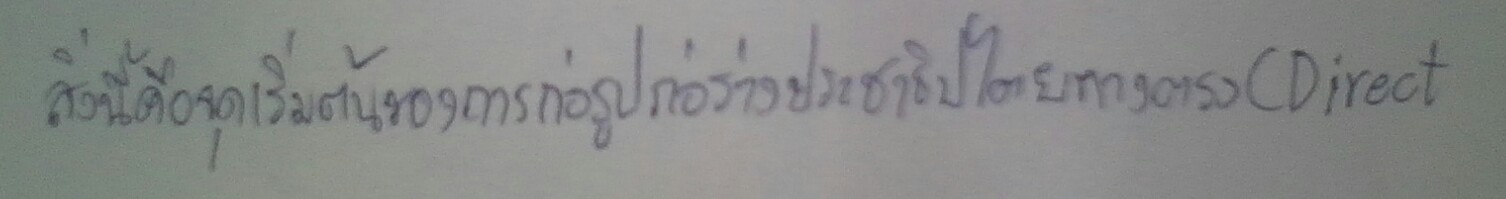
สิ่งนี้คือจุดเริ่มต้นของการก่อรูปก่อร่างประชาธิปไตยทางตรง(Direct